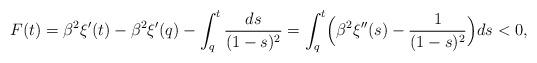
LaTeX: \begin{align*}F(t)&=\beta^2\xi'(t)-\beta^2\xi'(q)-\int_{q}^t\frac{ds}{(1-s)^2}=\int_{q}^t\Bigl(\beta^2\xi''(s)-\frac{1}{(1-s)^2}\Bigr)ds<0,\end{align*}